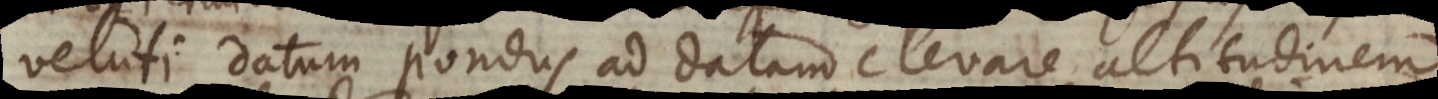
veluti datum pondus ad datam elevare altitudinem,